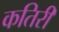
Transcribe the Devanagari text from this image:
कतिरी